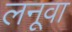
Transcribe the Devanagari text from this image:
लनूवा